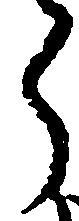
ら